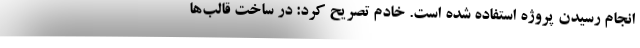
انجام رسیدن پروژه استفاده شده است. خادم تصریح کرد: در ساخت قالب‌ها